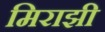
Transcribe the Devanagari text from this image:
मिराझी